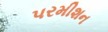
પરમીશન